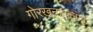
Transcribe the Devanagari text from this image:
गोरखनाथलाई